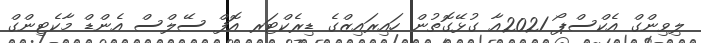
ލިވިންގް އެކްސްޕޯ 2021އާ ގުޅޭގޮތުން ހައިރައިޒްގެ ޑިރެކްޓަރ އޮފް ސޭލްސް އެންޑް މާކެޓިންގް